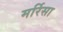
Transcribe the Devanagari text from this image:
मर्रिसा